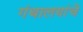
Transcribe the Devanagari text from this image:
गंथालयांचे